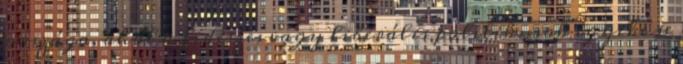
országa, ahol a fideszes vagy liberális politikusok egyike se